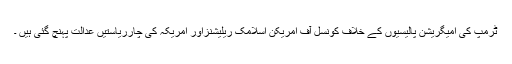
ٹرمپ کی امیگریشن پالیسیوں کے خلاف کونسل آف امریکن اسلامک ریلیشنزاور امریکہ کی چارریاستیں عدالت پہنچ گئی ہیں ۔